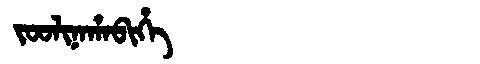
Manchu: ᠵᠣᠣᠯᡳᠨᠠᡥᠠᠪᡳᡥᡝ
Romanization: JOOLINAHABIHE